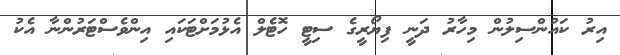
އިރު ކައުންސިލުން މިހާރު ދަނީ ފިޔޯރީގެ ސިޓީ ހޮޓެލް އެޅުމަށްޓަކައި އިންވެސްޓަރުންނާ އެކު